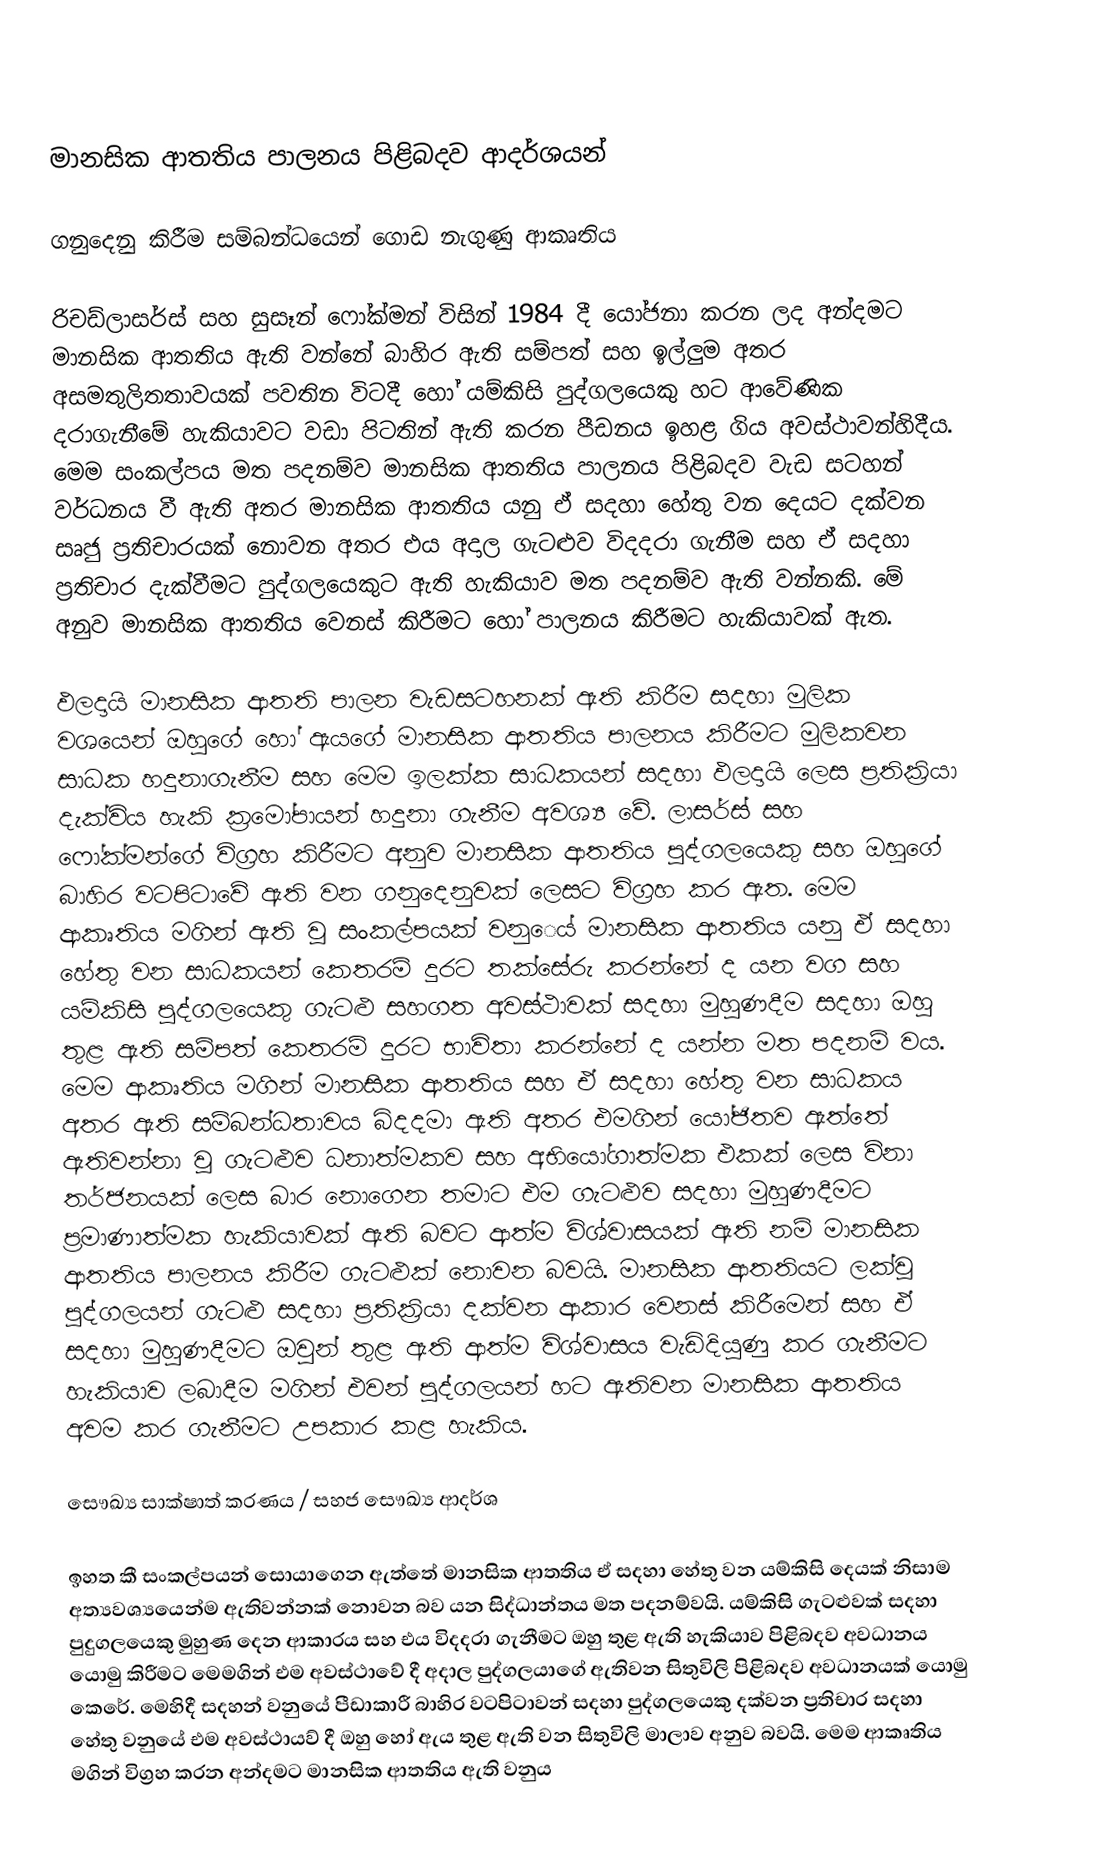

මානසික ආතතිය පාලනය පිළිබදව ආදර්ශයන්

ගනුදෙනු කිරීම සම්බන්ධයෙන් ගොඩ නැගුණු ආකෘතිය

රිචඩ්ලාසර්ස් සහ සුසෑන් ෆෝක්මන් විසින් 1984 දී යෝජනා කරන ලද අන්දමට මානසික ආතතිය ඇති වන්නේ බාහිර ඇති සම්පත් සහ ඉල්ලුම අතර අසමතුලිතතාවයක් පවතින විටදී හෝ යම්කිසි පුද්ගලයෙකු හට ආවේණික දරාගැනීමේ හැකියාවට වඩා පිටතින් ඇති කරන පීඩනය ඉහළ ගිය අවස්ථාවන්හිදීය. මෙම සංකල්පය මත පදනම්ව මානසික ආතතිය පාලනය පිළිබදව වැඩ සටහන් වර්ධනය වී ඇති අතර මානසික ආතතිය යනු ඒ සදහා හේතු වන දෙයට දක්වන සෘජු ප්‍රතිචාරයක් නොවන අතර එය අදාල ගැටළුව විදදරා ගැනීම සහ ඒ සදහා ප්‍රතිචාර දැක්වීමට පුද්ගලයෙකුට ඇති හැකියාව මත පදනම්ව ඇති වන්නකි. මේ අනුව මානසික ආතතිය වෙනස් කිරීමට හෝ පාලනය කිරීමට හැකියාවක් ඇත.

ඵලදායි මානසික ආතති පාලන වැඩසටහනක් ඇති කිරීම සදහා මුලික වශයෙන් ඔහුගේ හෝ ඇයගේ මානසික ආතතිය පාලනය කිරීමට  මුලිකවන සාධක හදුනාගැනීම සහ මෙම ඉලක්ක සාධකයන් සදහා ඵලදායි ලෙස ප්‍රතික්‍රියා දැක්විය හැකි ක්‍රමෝපායන් හදුනා ගැනීම අවශ්‍ය වේ. ලාසර්ස් සහ ෆෝක්මන්ගේ විග්‍රහ කිරීමට අනුව මානසික ආතතිය පුද්ගලයෙකු සහ ඔහුගේ බාහිර වටපිටාවේ ඇති වන ගනුදෙනුවක් ලෙසට විග්‍රහ කර ඇත. මෙම ආකෘතිය මගින් ඇති වූ සංකල්පයක් වනු‍ෙය් මානසික ආතතිය යනු ඒ සදහා හේතු වන සාධකයන් කෙතරම් දුරට තක්සේරු කරන්නේ ද යන වග සහ යම්කිසි පුද්ගලයෙකු ගැටළු සහගත අවස්ථාවක් සදහා මුහුණදීම සදහා ඔහු තුළ ඇති සම්පත් කෙතරම් දුරට භාවිතා කරන්නේ ද යන්න මත පදනම් වය. මෙම ආකෘතිය මගින් මානසික ආතතිය සහ ඒ සදහා හේතු වන සාධකය අතර ඇති සම්බන්ධතාවය බිදදමා ඇති අතර එමගින් යෝජිතව ඇත්තේ ඇතිවන්න‍ා වූ ගැ‍ටළුව ධනාත්මකව සහ අභියෝගාත්මක එකක් ලෙස විනා තර්ජනයක් ලෙස බාර නොගෙන තමාට එම ගැටළුව සදහා මුහුණදීමට ප්‍රමාණාත්මක හැකියාවක් ඇති බවට ආත්ම විශ්වාසයක් ඇති නම් මානසික ආතතිය පාලනය කිරීම ගැටළුක් නොවන බවයි. මානසික ආතතියට ලක්වූ පුද්ගලයන් ගැටළු සදහා ප්‍රතික්‍රියා දක්වන ආකාර වෙනස් කිරීමෙන් සහ ඒ සදහා මුහුණදීමට ඔවුන් තුළ ඇති ආත්ම විශ්වාසය වැඩිදියුණු කර ගැනීමට හැකියාව ලබාදීම මගින් එවන් පුද්ගලයන් හට ඇතිවන මානසික ආතතිය අවම කර ගැනීමට උපකාර කළ හැකිය.

සෞඛ්‍ය සාක්ෂාත් කරණය / සහජ සෞඛ්‍ය ආදර්ශ

ඉහත කී සංකල්පයන් සොයාගෙන ඇත්තේ මානසික ආතතිය ඒ සදහා හේතු වන යම්කිසි  දෙයක් නිසාම අත්‍යවශ්‍යයෙන්ම ඇතිවන්නක් නොවන බව යන සිද්ධාන්තය  මත පදනම්වයි.  යම්කිසි ගැටළුවක් සදහා පුදුගලයෙකු මුහුණ දෙන ආකාරය සහ එය විදදරා ගැනීමට ඔහු තුළ ඇති හැකියාව පිළිබදව අවධානය යොමු කිරීමට මෙමගින් එම අවස්ථාවේ දී අදාල පුද්ගලයාගේ ඇතිවන සිතුවිලි පිළිබදව අවධානයක් යොමු කෙරේ. මෙහිදී සදහන් වනුයේ පීඩාකාරී බාහිර වටපිටාවන් සදහා පුද්ගලයෙකු දක්වන ප්‍රතිචාර සදහා හේතු වනුයේ එම අවස්ථායව් දී ඔහු හෝ ඇය තුළ ඇති වන සිතුවිලි මාලාව අනුව බවයි. මෙම ආකෘතිය මගින් විග්‍රහ කරන අන්දමට මානසික ආතතිය ඇති වනුය